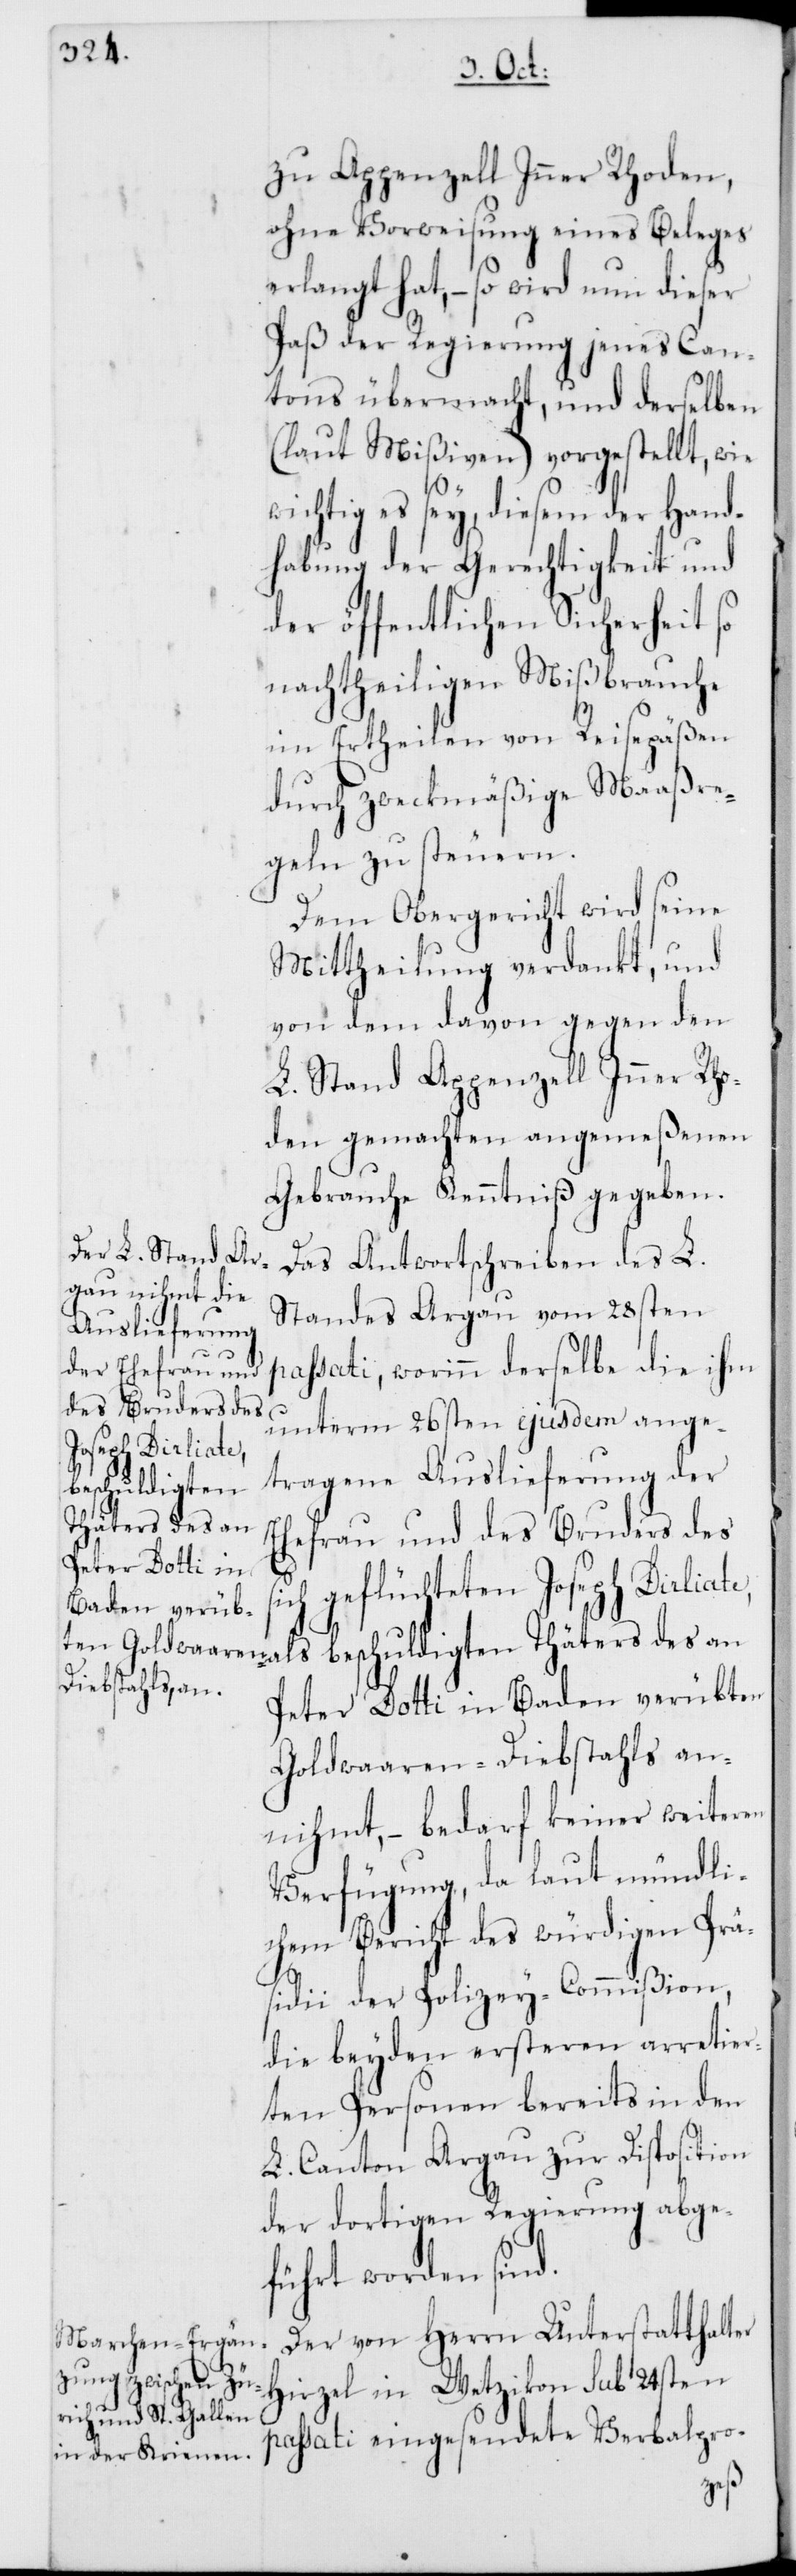
zu Appenzell Inner Rhoden,
ohne Vorweisung eines Beleges
erlangt hat, – so wird nun dieser
Paß der Regierung jenes Can¬
tons übermacht, und derselben
(laut Mißiven) vorgestellt, wie
wichtig es sey, diesem der Hand¬
habung der Gerechtigkeit und
der öffentlichen Sicherheit so
nachtheiligen Mißbrauche
im Ertheilen von Reisepäßen
durch zweckmäßige Maaßre¬
geln zu steuern.
Dem Obergericht wird seine
Mittheilung verdankt, und
von dem davon gegen den
L. Stand Appenzell Inner Rho¬
den gemachten angemeßenen
Gebrauche Kenntniß gegeben.
Das Antwortschreiben des L.
Standes Argau vom 28sten
si¬
passati, worinn derselbe die ihm
unterm 26sten ejusdem ange¬
tragene Auslieferung der
beschuldigten
Thäters des an
Ehefrau und des Bruders des
ch geflüchteten Joseph Dirliate,
Peter Dotti in Baden verübten
Goldwaaren-Diebstahls an¬
nihmt, – bedarf keiner weiteren
Verfügung, da laut mündli¬
chem Bericht des würdigen Prä¬
sidii der Polizey-Commißion,
die beyden ersteren arretier¬
ten Personen bereits in den
L. Canton Argau zur Disposition
der dortigen Regierung abge¬
führt worden sind.
Der von Herrn Unterstatthalter
Hirzel in Wetzikon sub 24sten
passati eingesendete Verbalpro-